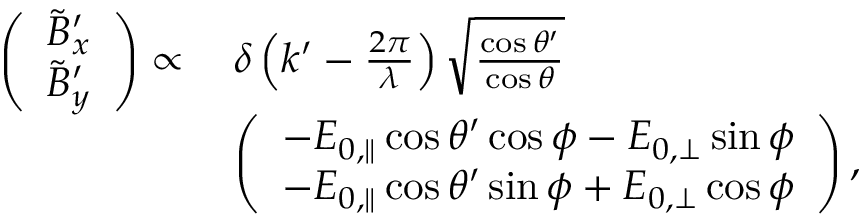
\begin{array} { r l } { \left( \begin{array} { l } { \tilde { B } _ { x } ^ { \prime } } \\ { \tilde { B } _ { y } ^ { \prime } } \end{array} \right) \propto \, } & { \delta \left( k ^ { \prime } - \frac { 2 \pi } { \lambda } \right) \sqrt { \frac { \cos \theta ^ { \prime } } { \cos \theta } } } \\ & { \left( \begin{array} { l } { - E _ { 0 , \parallel } \cos \theta ^ { \prime } \cos \phi - E _ { 0 , \perp } \sin \phi } \\ { - E _ { 0 , \parallel } \cos \theta ^ { \prime } \sin \phi + E _ { 0 , \perp } \cos \phi } \end{array} \right) , } \end{array}